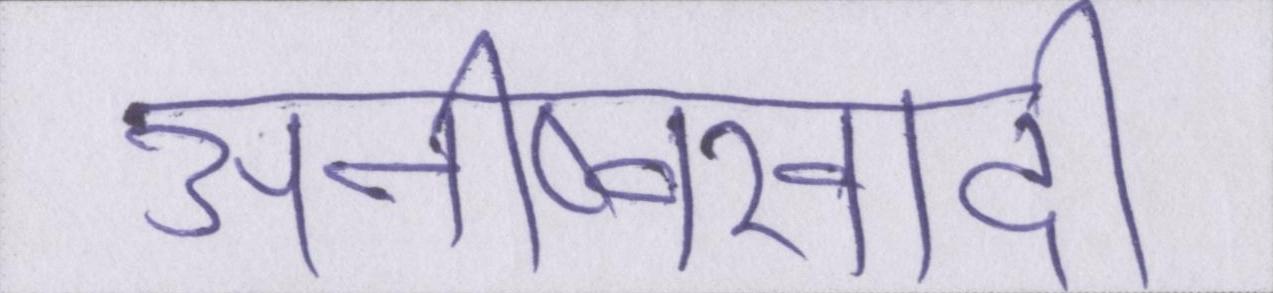
अनीष्वरवादी